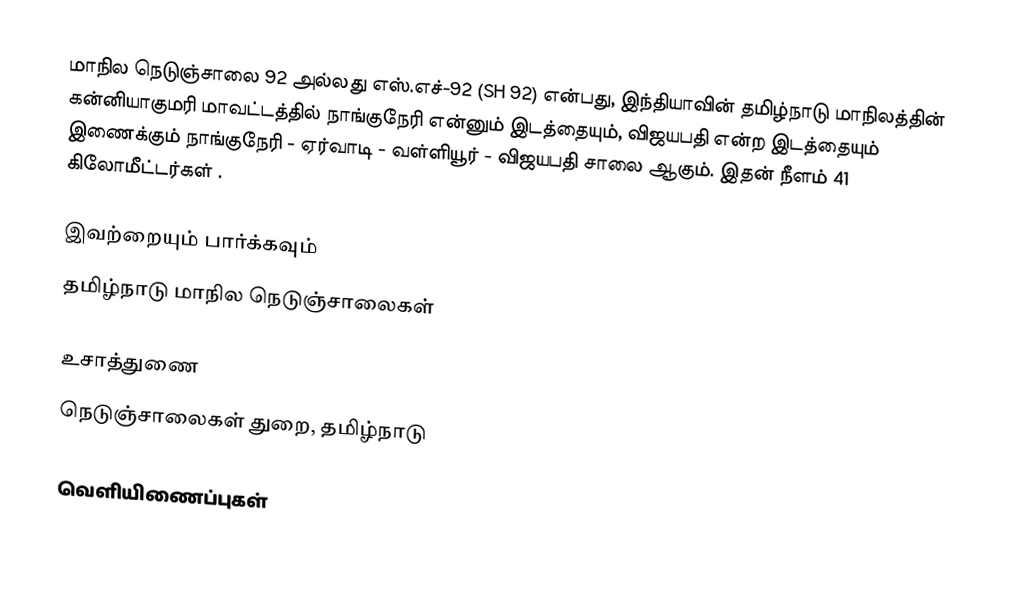
மாநில நெடுஞ்சாலை 92 அல்லது எஸ்.எச்-92 (SH 92) என்பது, இந்தியாவின் தமிழ்நாடு மாநிலத்தின் கன்னியாகுமரி மாவட்டத்தில் நாங்குநேரி என்னும் இடத்தையும், விஜயபதி என்ற இடத்தையும் இணைக்கும் நாங்குநேரி - ஏர்வாடி - வள்ளியூர் - விஜயபதி சாலை ஆகும். இதன் நீளம் 41  கிலோமீட்டர்கள் .

இவற்றையும் பார்க்கவும்
 தமிழ்நாடு மாநில நெடுஞ்சாலைகள்

உசாத்துணை
 நெடுஞ்சாலைகள் துறை, தமிழ்நாடு

வெளியிணைப்புகள்